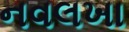
નવલખા